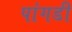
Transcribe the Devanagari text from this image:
पांगडी